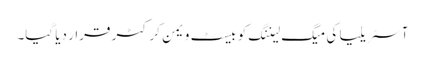
آسٹریلیا کی میگ لیننگ کو بیسٹ ویمن کرکٹر قرار دیا گیا۔